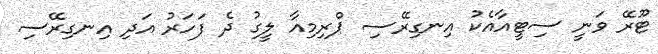
ޓޫރޭ ވަނީ ސިޓީއާއެކު އިނގިރޭސި ޕްރިމިއާ ލީގު ދެ ފަހަރު އަދި އިނގިރޭސި